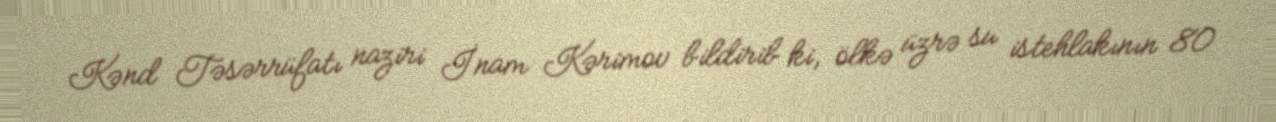
Kənd Təsərrüfatı naziri İnam Kərimov bildirib ki, ölkə üzrə su istehlakının 80